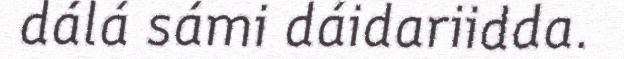
dálá sámi dáidariidda.